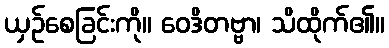
ယှဉ်စေခြင်းကို။ ဝေဒိတဗ္ဗာ၊ သိထိုက်၏။